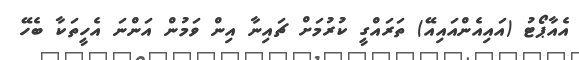
އެއާޕޯޓު (އައިއެންއައިއޭ) ތަރައްގީ ކުރުމަށް ޗައިނާ އިން ވަމުން އަންނަ އެހީތަކާ ބެހޭ